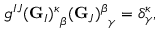
g ^ { I J } { ( { \bf G } _ { I } ) ^ { \kappa } } _ { \beta } { ( { \bf G } _ { J } ) ^ { \beta } } _ { \gamma } = \delta _ { \gamma } ^ { \kappa } ,